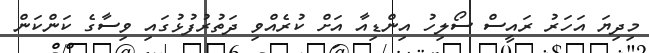
މިދިޔަ އަހަރު ރައީސް ސޯލިހު އިންޑިއާ އަށް ކުރެއްވި ދަތުރުފުޅުގައި ވިސާގެ ކަންކަން